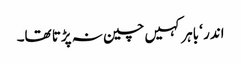
اندر ‘ باہر کہیں چین نہ پڑتا تھا۔